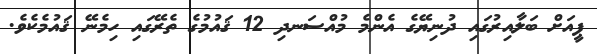
ޕީއަށް ބަލާއިރުގައި ދުނިޔޭގެ އެންމެ މުއްސަނދި 12 ޤައުމުގެ ތެރޭގައި ހިމެނޭ ޤައުމެކެވެ.